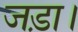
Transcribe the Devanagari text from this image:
जड़ा।